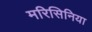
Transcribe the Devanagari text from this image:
मरिसिनिया